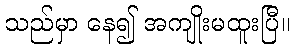
သည်မှာ နေ၍ အကျိုးမထူးပြီ။